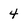
Character: 4